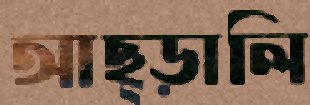
আছ্‌ড়ালি